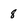
Character: 8